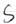
Text: S